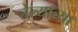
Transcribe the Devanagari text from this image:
तेल्याच्या